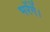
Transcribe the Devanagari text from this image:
भरेंगें।